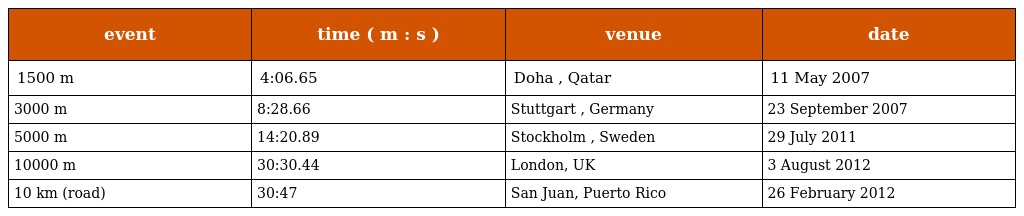
| event | time ( m : s ) | venue | date |
 | --- | --- | --- | --- |
 | 1500 m | 4:06.65 | Doha , Qatar | 11 May 2007 |
 | 3000 m | 8:28.66 | Stuttgart , Germany | 23 September 2007 |
 | 5000 m | 14:20.89 | Stockholm , Sweden | 29 July 2011 |
 | 10000 m | 30:30.44 | London, UK | 3 August 2012 |
 | 10 km (road) | 30:47 | San Juan, Puerto Rico | 26 February 2012 |